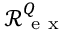
\mathcal R _ { \mathrm { ~ e ~ x ~ } } ^ { Q }